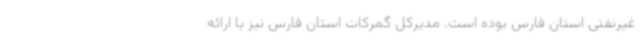
غیرنفتی استان فارس بوده است. مدیرکل گمرکات استان فارس نیز با ارائه